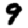
Digit: 9